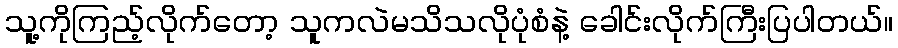
သူ့ကိုကြည့်လိုက်တော့ သူကလဲမသိသလိုပုံစံနဲ့ ခေါင်းလိုက်ကြီးပြပါတယ်။